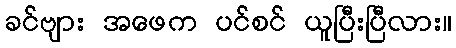
ခင်ဗျား အဖေက ပင်စင် ယူပြီးပြီလား။